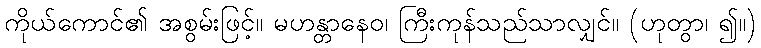
ကိုယ်ကောင်၏ အစွမ်းဖြင့်။ မဟန္တာနေဝ၊ ကြီးကုန်သည်သာလျှင်။ (ဟုတွာ၊ ၍။)